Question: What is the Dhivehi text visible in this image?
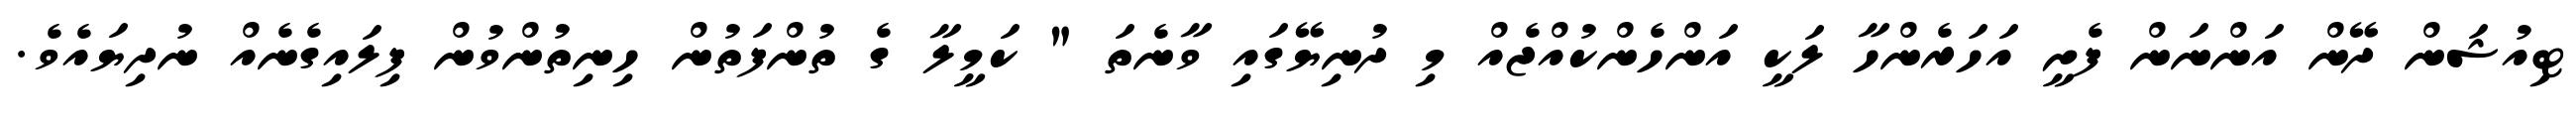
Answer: ޓިއުޝަން ދޭން އަންނަން ފެށީ އަހަރެންހާ ލަކީ އަންހެންކުއްޖެއް މި ދުނިޔޭގައި ވާނެތަ " ކަމީލާ ގެ ތުންފަތުން ހިނިތުންވުން ފިލައިގެނެއް ނުދިޔައެވެ.